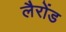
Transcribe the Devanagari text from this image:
लैरोंड